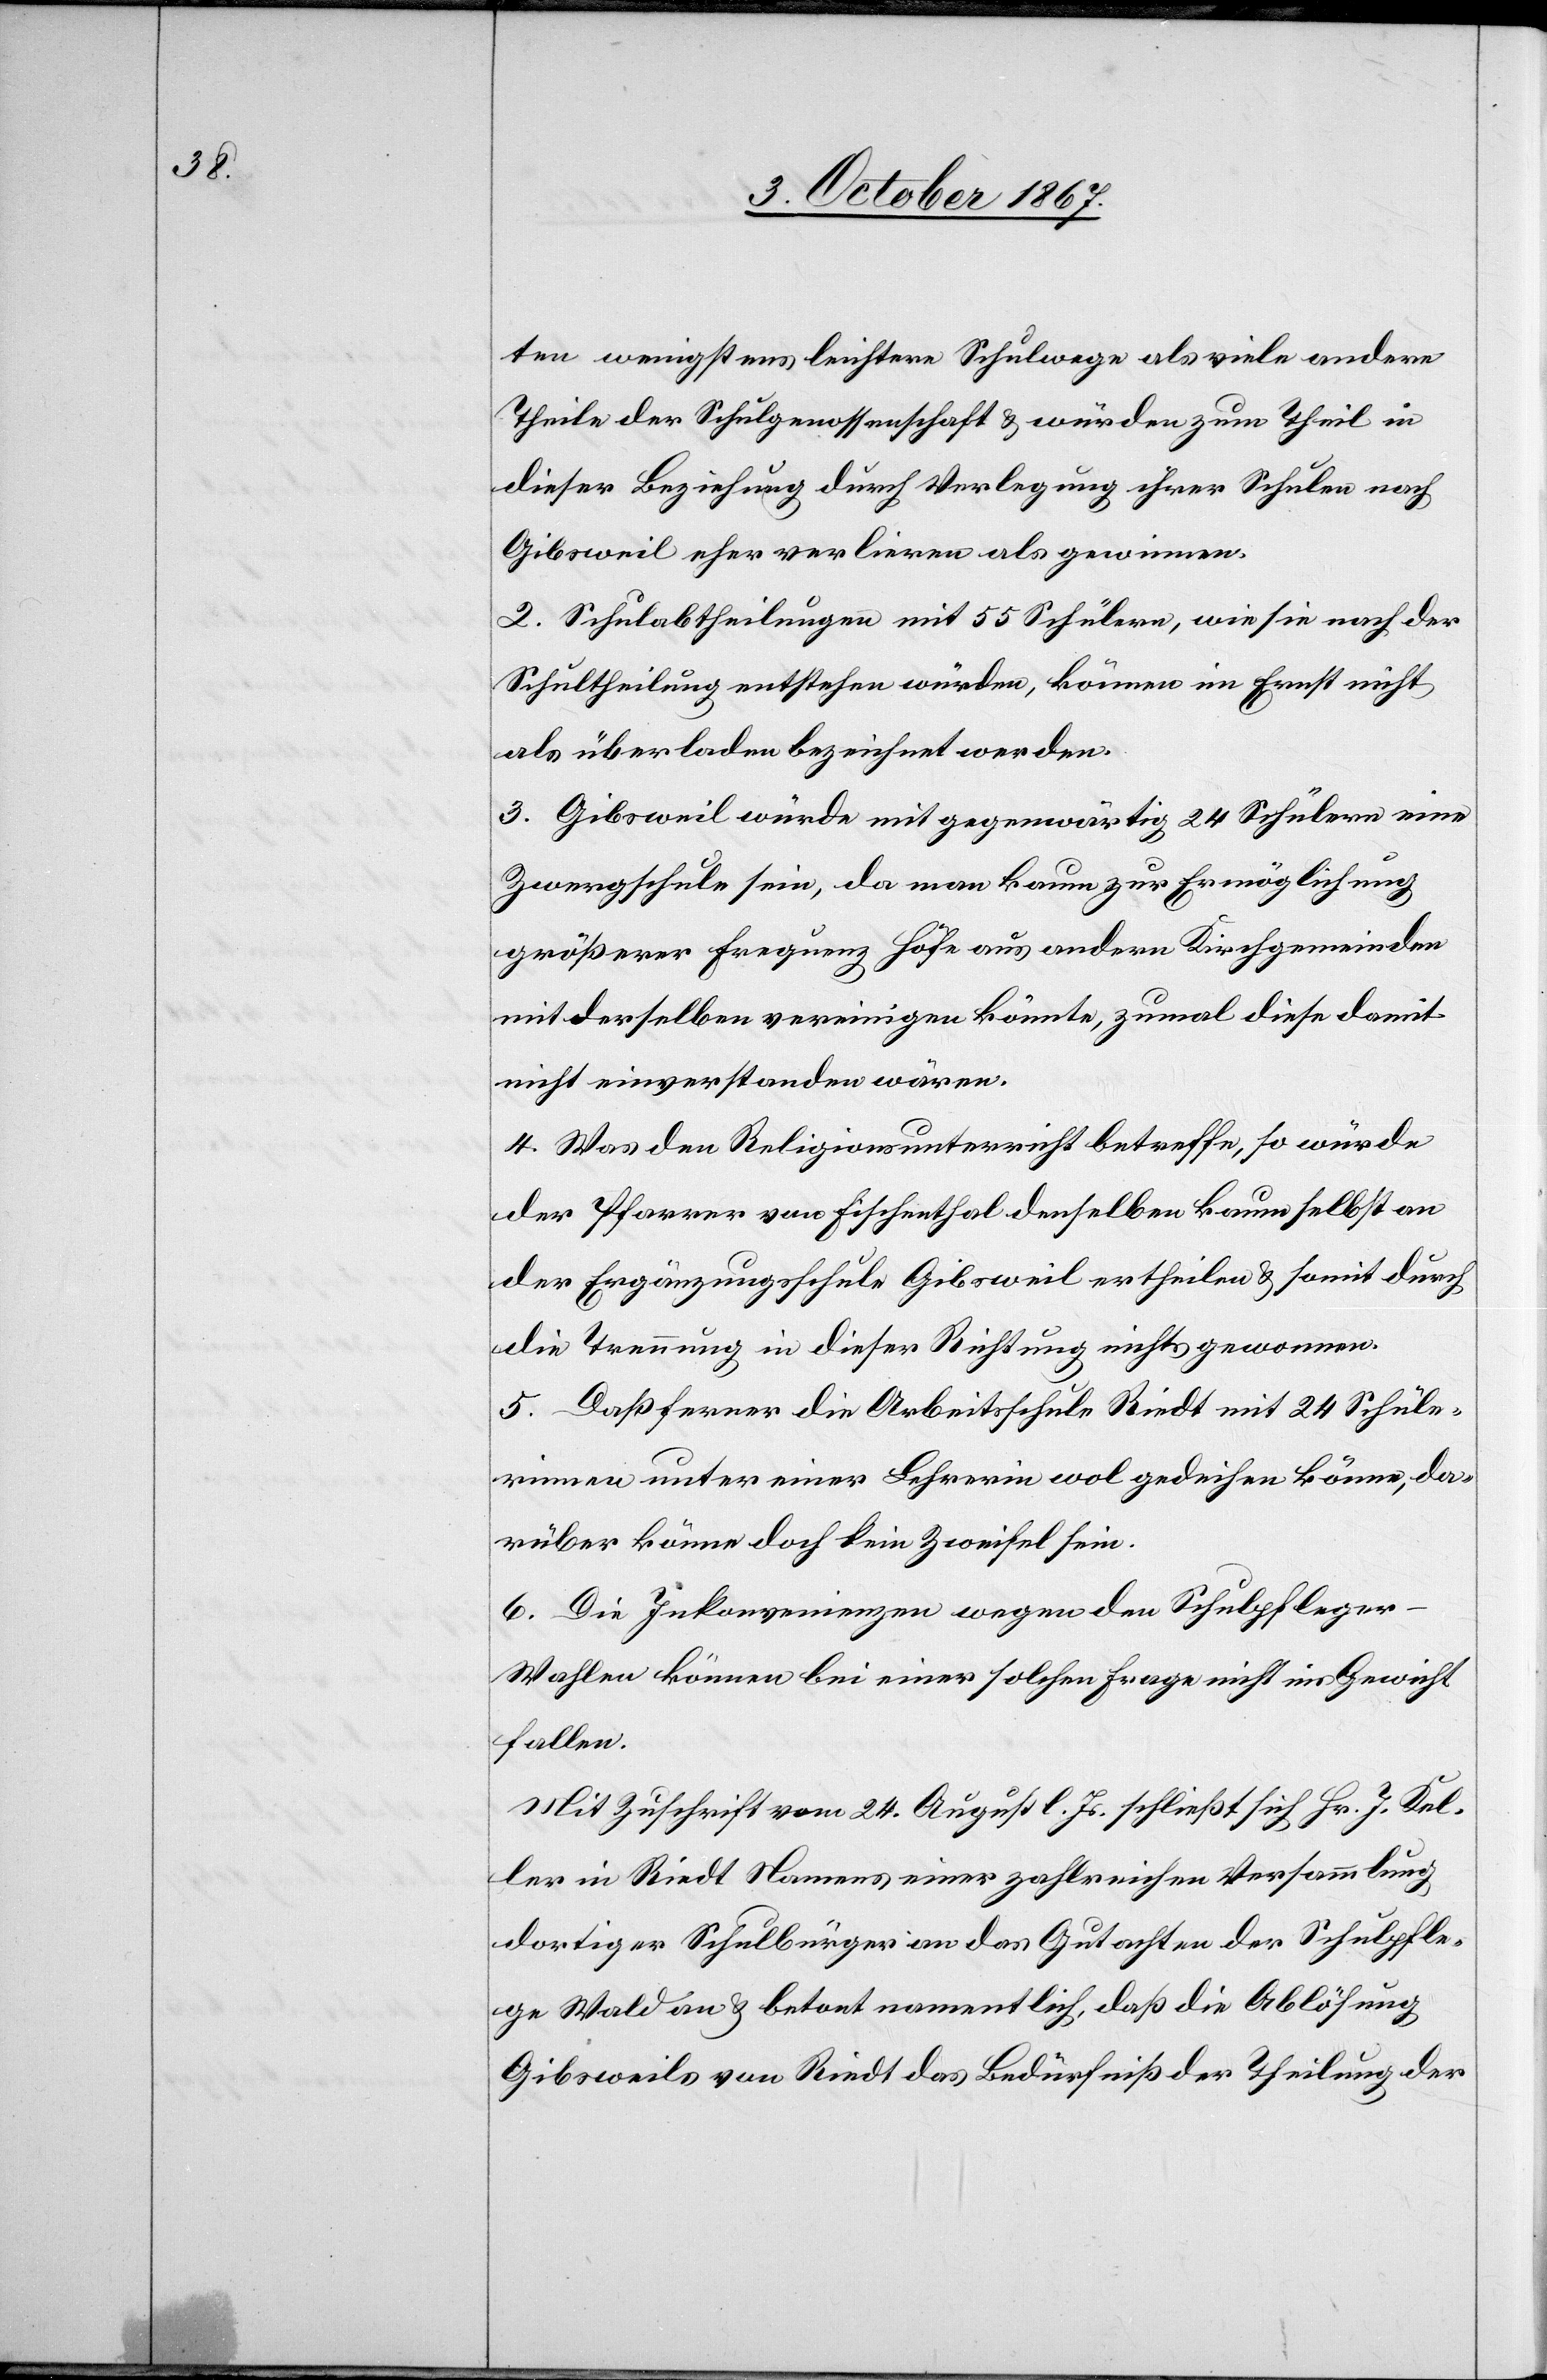
ten wenigstens leichtere Schulwege als viele andere
Theile der Schulgenossenschaft u. würden zum Theil in
dieser Beziehung durch Verlegung ihrer Schulen nach
Gibsweil eher verlieren als gewinnen.
2. Schulabtheilungen mit 55 Schülern, wie sie nach der
Schultheilung entstehen würden, können im Ernst nicht
als überladen bezeichnet werden.
3. Gibsweil würde mit gegenwärtig 24 Schülern eine
Zwergschule sein, da man kaum zur Ermöglichung
größerer Frequenz Höfe aus andern Kirchgemeinden
mit derselben vereinigen könnte, zumal diese damit
nicht einverstanden wären.
4. Was den Religionsunterricht betreffe, so würde
der Pfarrer von Fischenthal denselben kaum selbst an
der Ergänzungsschule Gibsweil ertheilen u. somit durch
die Trennung in dieser Richtung nichts gewonnen.
5. Daß ferner die Arbeitsschule Riedt mit 24 Schüle¬
rn unter einer Lehrerin wol gedeihen könne, da¬
rüber könne doch kein Zweifel sein.
6. Die Inkonvenienzen wegen den Schulpflege¬
r-Wahlen können bei einer solchen Frage nicht ins Gewicht
fallen.
Mit Zuschrift vom 24. August l. Js. schließt sich Hr. J. Kel¬
ler in Riedt Namens einer zahlreichen Versammlung
dortiger Schulbürger an das Gutachten der Schulpfle¬
ge Wald an u. betont namentlich, daß die Ablösung
Gibsweils von Riedt das Bedürfniß der Theilung der